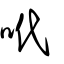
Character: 𠰺